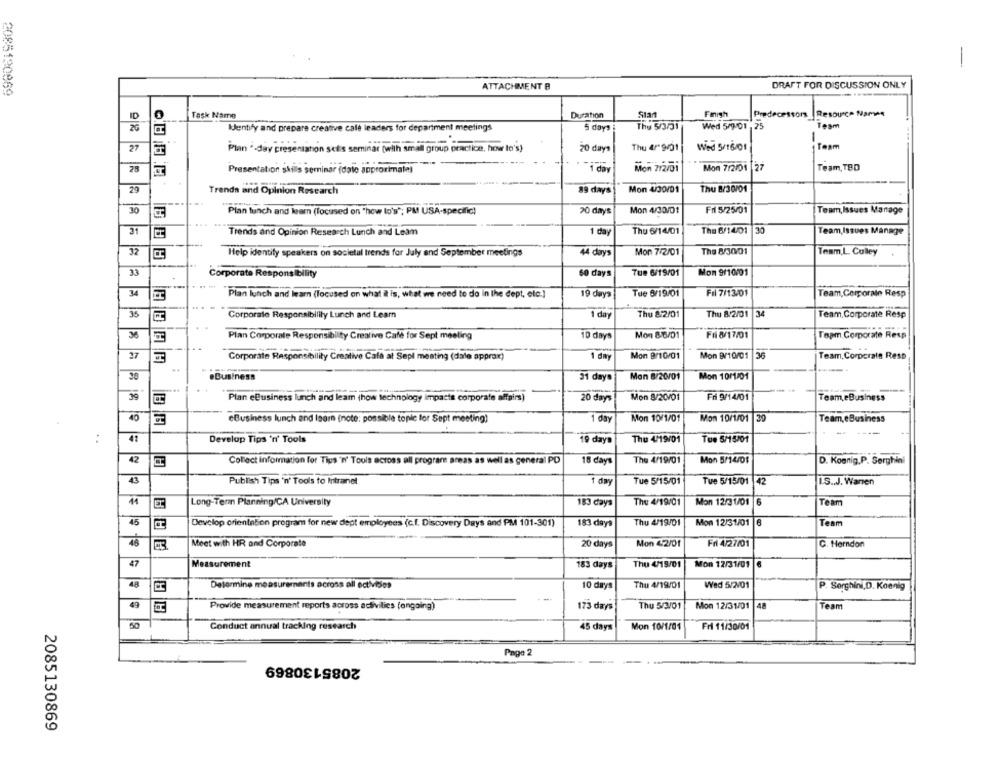
DRAFT FOR DISCUSSION ONLY
2085190069
ATTACHMENT B
0
Task Name
Duration
Finish
Predecessors . Resource Namen
ID
Ientify and prepare creative calè leaders for department meetings
5 days
The 5/3/51
Wed 5/9-01 -25
Team
-
Team
27
Plan .- day presentanon solis seminar (with small group practice, how to's)
20 days
Thu 4/" 9/31
Wed 5/16/01
28
Mon 7/2/01
Mon 7/2/01 |27
Team, TBD
Presentation skils seminar (dale approximate)
" i day
29
Trends and Opinion Research
89 days
Mon 4/30/01
Thu 8/30/01
30
Plan lunch and learn (focused on "how to's"; PM USA-specific)
20 days
Mon 4/30/01
Fri 5/25/01
Team,Issues Manage
31
Trends and Opinion Research Lunch and Leam
1 day
Thu 6/14/01
The 6/14/01 30
Team, Issues Manage
32
Help identify speakers on societal trends for July and September meetings
Mon 7/2/01
The 8/30/01
Team,L Culley
Hi
4 days
33
Corporate Responsibility
60 days
Tue 6/19/01
Mon 9/10/01
-
34
Plan lunch and learn (focused on what it is, what we need to do in the dept, etc.]
19 days
Tue 6/19/01
Fri 7/13/01
Team, Corporalo Resp
35
Thu 8 2/01
Corporate Responsibility Lunch and Learn
1 day
Thu 8/2/01 |34
Team. Corporate Resp
Plan Corporate Responsibility Creative Café for Sept meeting
10 days
Mon 8/6/01
Fri 8/17/01
Tapm,Corporate Resp
Corporate Responsibility Creative Café at Sepl meating (dale approx)
1 day
Mon 8/10/01
Mon 9/10/01
36
Team, Corporate Reso
..
.Business
31 days
Mon 8/20/01
Mon 1011/01
Fri 9/14/01
Plan eBusiness lunch and leam (how technology impacts corporate affairs)
20 days
Mon 8/20/01
Team,eBusiness
40
eBusiness lunch and learn (note: possible topic for Sept meeting)
1 day
Mon 10/1/01
Mon 10/1/01 39
Team,eBusiness
---
:
Develop Tips 'n' Tools
19 days
Thu 4/19/01
Tue 5/15/01
42
Collect information for Tius 'n' Tools across all program areas as well as general PD
15 days
The 4/19/01
Mon 5/14/01
D. Koenig,P. Serghini
41
Tue 5/15/01
Tue 5/15/01 42
Publish Tips 'n' Tools to Intranet
1 day
IS .. J. Warren
11
Long-Term Planning/CA University
183 days
The 4/19/01
Mon 12/31/01 6
Team
45
Develop orientation program for new dept employees (c.f. Discovery Days and PM 101-301)
183 days
Thu 4/19/01
Mon 12/31/01 6
Team
46
Meet with HR and Corporate
20 days
Mon 42/01
Fri 4/27/01
C. Herndon
47
Measurement
Thu 4/19/01
Mon 12/31/01 6
183 days
Determine measurements across all ectvides
10 days
Thu 4/19/01
Wed 5/2/01
P. Serghini,D. Koenig
Provide measurement reports across activities (ongoing)
173 days
Thu 5/3/01
Mon 12/31/01
Team
Conduct annual tracking research
45 days
Mon 10/1/01
Fri 11/30/01
Page 2
2085130869
2085130869